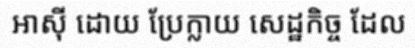
អាស៊ី ដោយ ប្រែក្លាយ សេដ្ឋកិច្ច ដែល